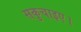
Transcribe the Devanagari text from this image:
सकुचाइए।